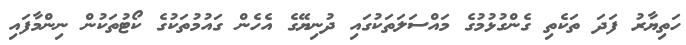
ހަތިޔާރު ފަދަ ތަކެތި ގެންގުޅުމުގެ މައްސަލަތަކުގައި ދުނިޔޭގެ އެހެން ގައުމުތަކުގެ ކޯޓުތަކުން ނިންމާފައި